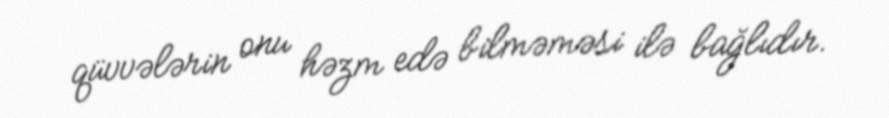
qüvvələrin onu həzm edə bilməməsi ilə bağlıdır.